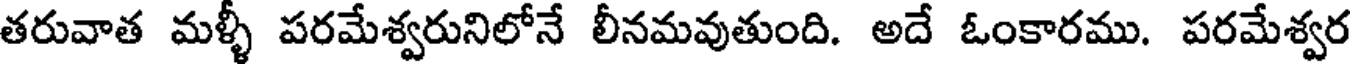
తరువాత మళ్ళీ పరమేశ్వరునిలోనే లీనమవుతుంది. అదే ఓంకారము. పరమేశ్వర